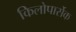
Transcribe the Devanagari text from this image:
किलोपार्सेक